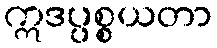
ဣဒပ္ပစ္စယတာ